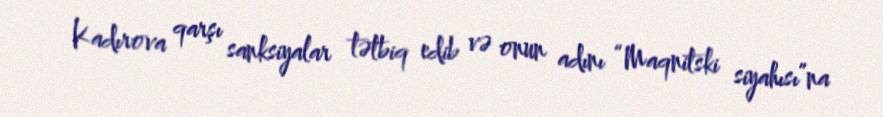
Kadırova qarşı sanksiyalar tətbiq edib və onun adını “Maqnitski siyahısı”na